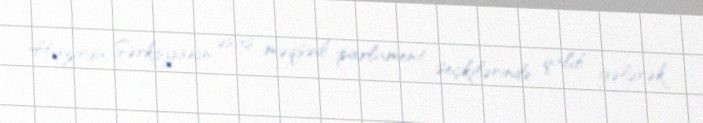
Hazırda Sərkisyanın əsas məqsədi parlament seçkilərində qalib gələrək